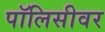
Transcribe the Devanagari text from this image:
पॉलिसीवर